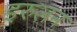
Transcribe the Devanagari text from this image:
इरुलन